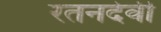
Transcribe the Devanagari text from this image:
रतनदेवी